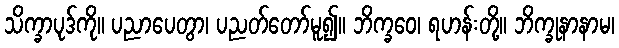
သိက္ခာပုဒ်ကို။ ပညာပေတွာ၊ ပညတ်တော်မူ၍။ ဘိက္ခဝေ၊ ရဟန်းတို့။ ဘိက္ခုနာနာမ၊